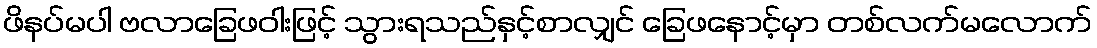
ဖိနပ်မပါ ဗလာခြေဖဝါးဖြင့် သွားရသည်နှင့်စာလျှင် ခြေဖနောင့်မှာ တစ်လက်မလောက်